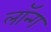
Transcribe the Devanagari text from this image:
लॉन्‍ग